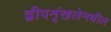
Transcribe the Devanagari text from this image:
द्वीपशृंखलेमधील